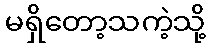
မရှိတော့သကဲ့သို့